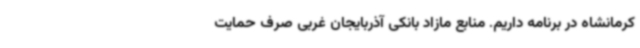
کرمانشاه در برنامه داریم. منابع مازاد بانکی آذربایجان غربی صرف حمایت